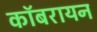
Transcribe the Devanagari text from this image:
कॉबरायन